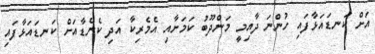
އަށް ކަނޑައަޅާފައި ހުންނަ ދާއިމީ މަންދޫބު ކަމަށާއި އެމެރިކާ އަދި ކެނެޑާއަށް ކަނޑައަޅާފައި